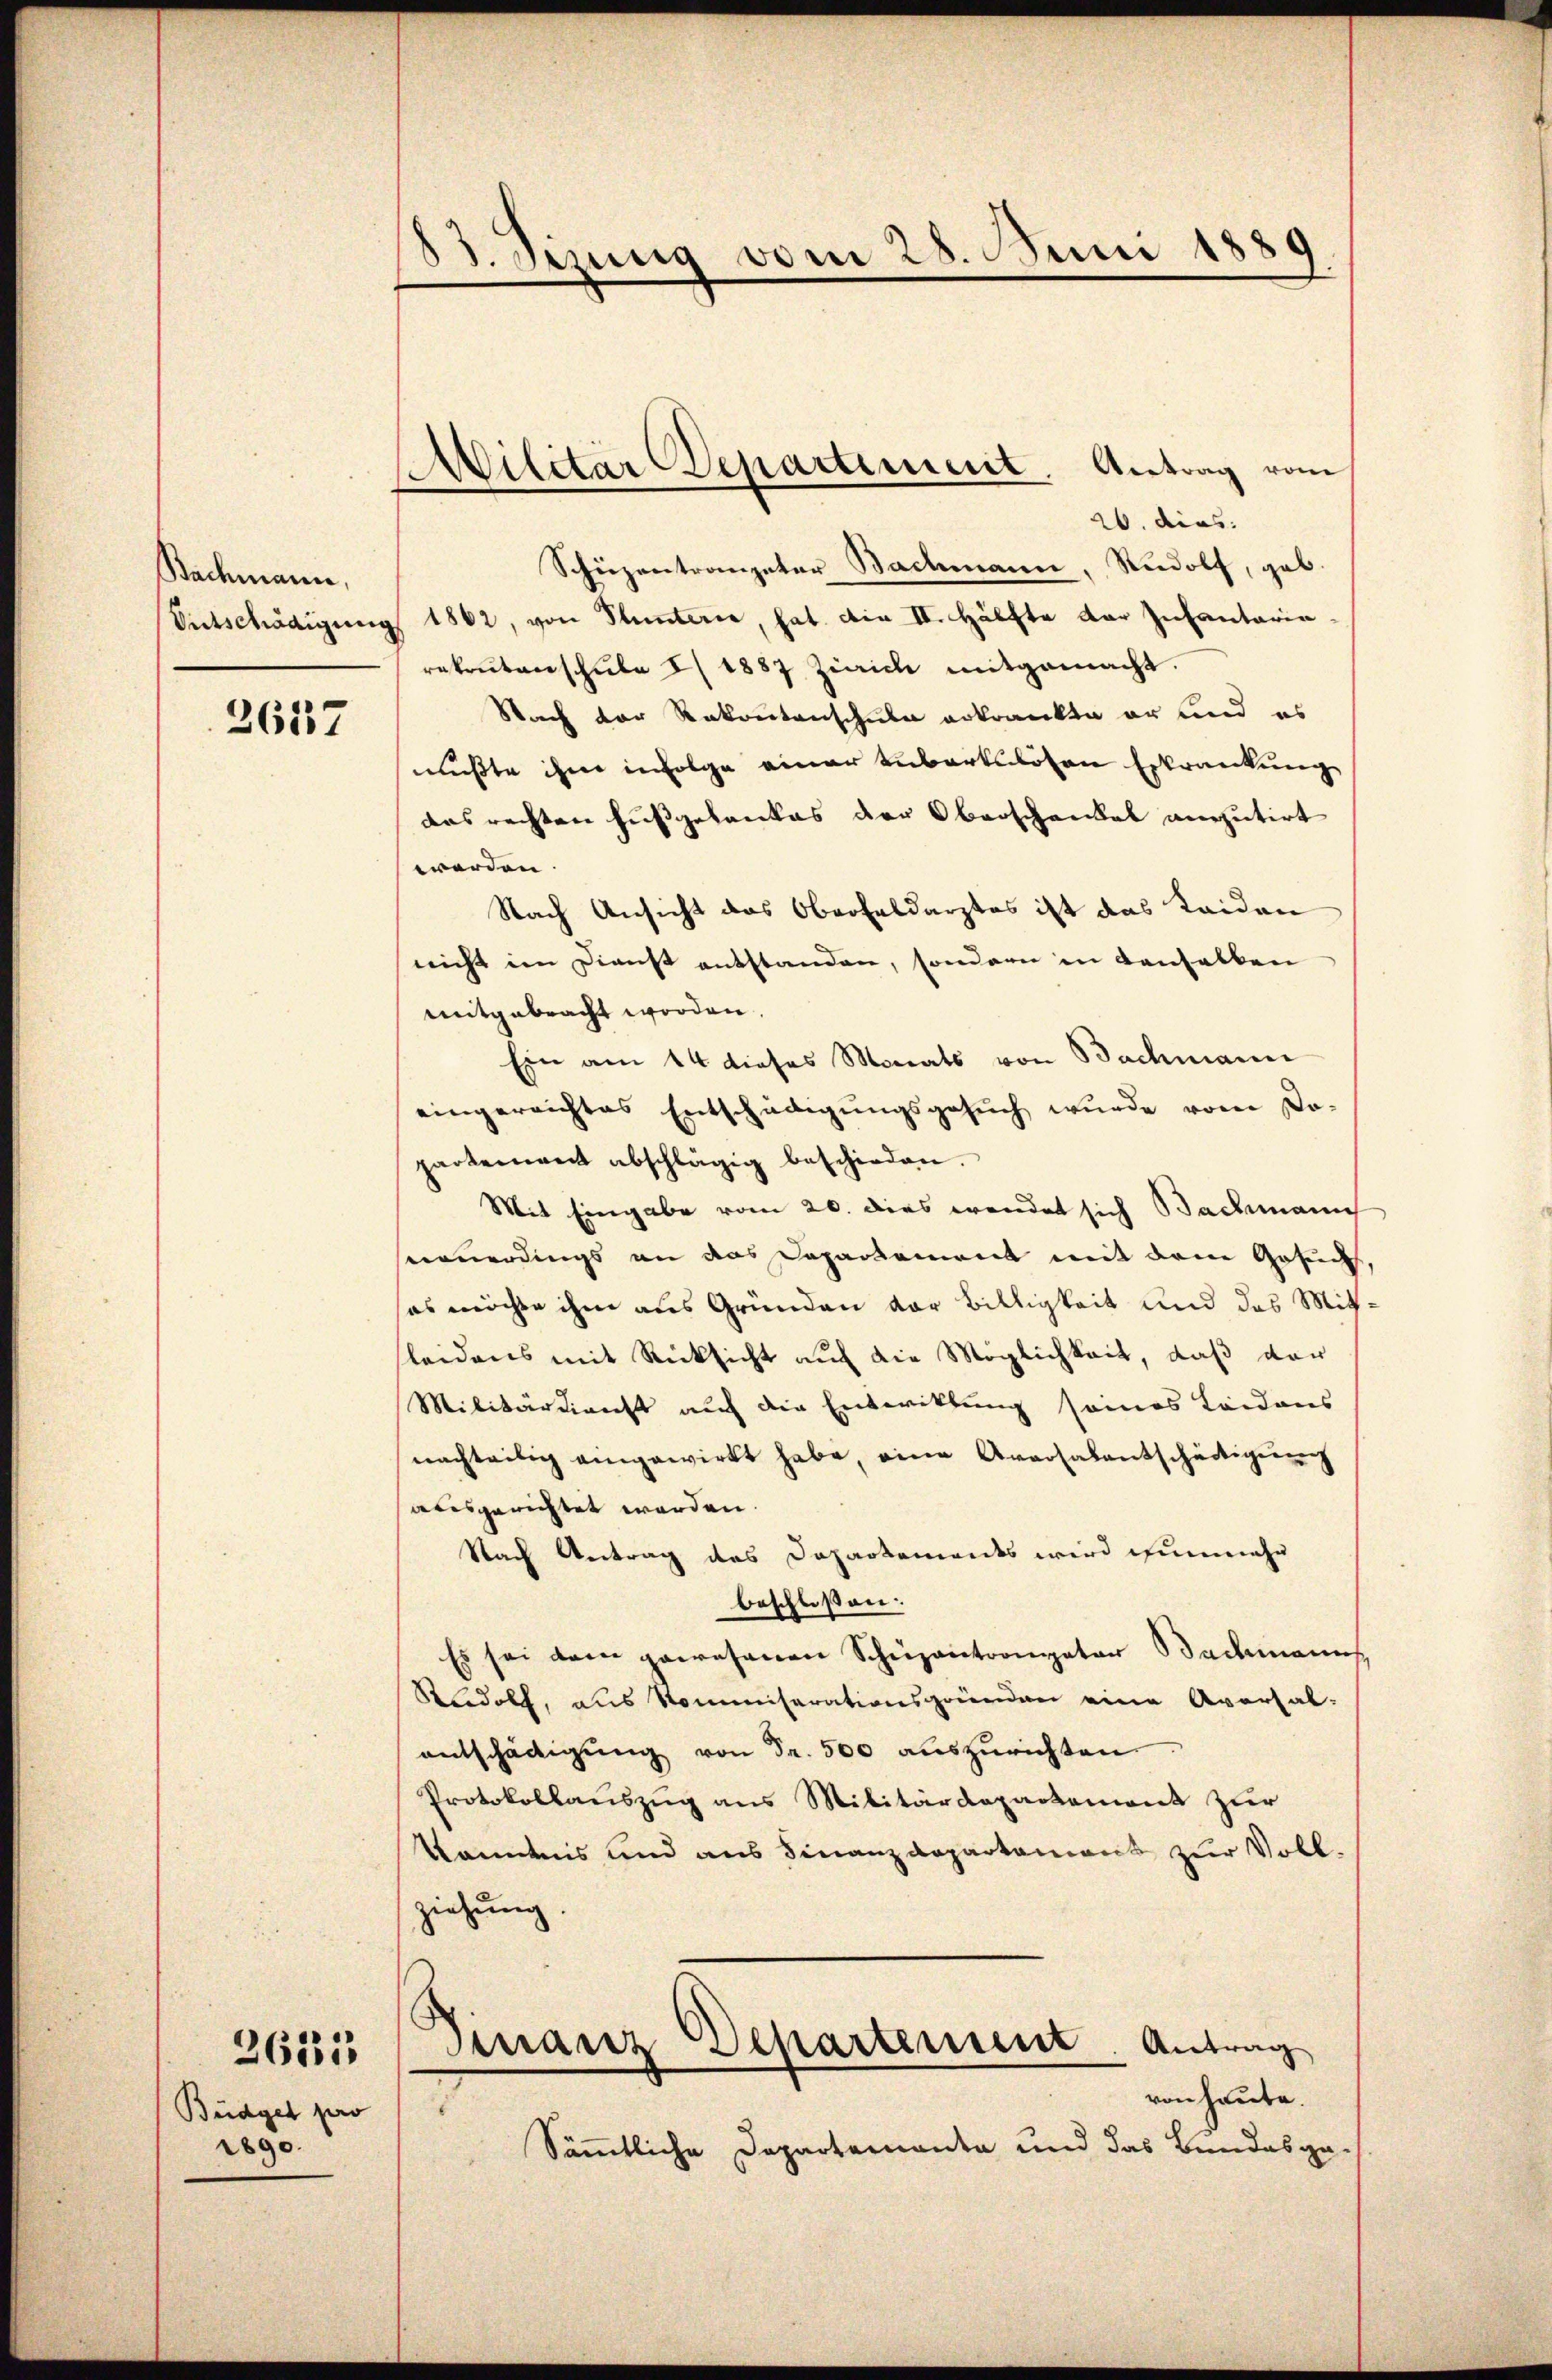
Bachmann,

2657

Büdget pro
1890.

261313

13. Jizung vom 28. Juni 1880

AMilitar Departiment. Antrag vom

20. dies
Schüzentrompeter Bachmann, Rudolf, geb.
Entschädigung 1862, von Plunterie, hat. Die II. Hälfte der Infantaria
rekrutenschŭle I 1887 Ziaich mitgemacht.
Nach der Rekonntenschule erkrankte er und es
mußte ihne infolge einer unbartslösen Erkrankung
das rechten Fußgelankes der Oberschenkel anputirt
werden.
Nach Ansicht das Oberfeldarztes ist das Leiden
nicht im Dienst entstanden, sondern in denselben
mitgebracht worden.
Ein am 14 dieses Monats von Bachmann
eingereichtes Entschädigungsgesuch wurde vom Do-
partenweit abschlägig beschieden.
Mit Eingabe vom 20. dies wendet sich Bachmann
neuerdings an das Departement mit dem Gesun
es möchte ihm aus Gründen der Billigkeit und des Mit¬
Kleidens mit Rücksicht auf die Möglichkeit, daß der
Militärdienst auf die Entwicklung seines Leidens
nachteilig eingewirkt habe, eine Aversalentscheitigung
abesgerichtet werden.
Nach Antrag des Dapartemendes wird nunmehr
beschloßen:
Es sei dem gewesenen Schüzantrometer Bachmanns
Rudolf, aus Kommiserationsgründen eine Aversal-
entschädigung von Fr. 500 auszurichten.
Protokollauszug aus Militärdepartement zur
Kenntnis und aus Finanzdepartamens zur Vollziehung
Finanz Departement. Antrag
von heute.
Sämmtliche Departementa und das Bundesga-